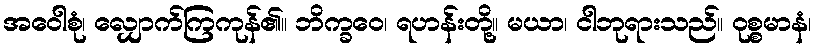
အဝေါစုံ၊ လျှောက်ကြကုန်၏။ ဘိက္ခဝေ၊ ရဟန်းတို့။ မယာ၊ ငါဘုရားသည်။ ဝုစ္စမာနံ၊